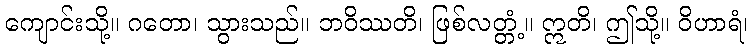
ကျောင်းသို့။ ဂတော၊ သွားသည်။ ဘဝိဿတိ၊ ဖြစ်လတ္တံ့။ ဣတိ၊ ဤသို့။ ဝိဟာရံ၊